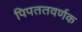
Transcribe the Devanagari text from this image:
पिपततवर्णक